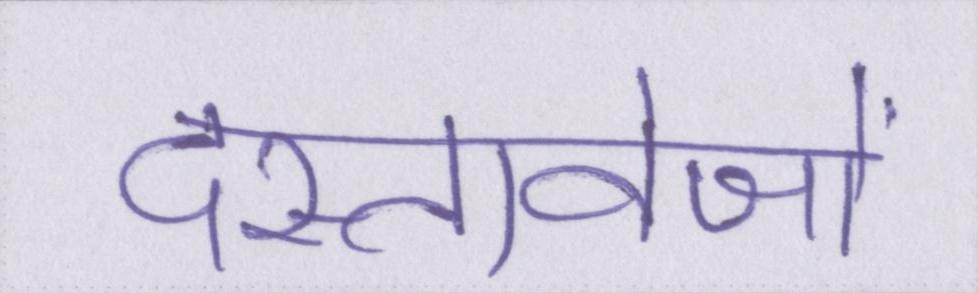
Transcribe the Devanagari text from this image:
दस्तावेजों